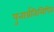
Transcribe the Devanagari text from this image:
पुनार्प्रतिलिपित